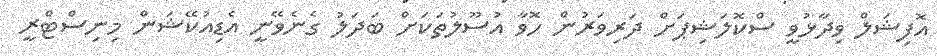
އޮފިޝަލް ވިދާޅުވީ ސްކޮލަޝިޕަށް ދަރިވަރުން ހޮވާ އުސޫލުތަކަށް ބަދަލު ގެނެވޭނީ އެޑިއުކޭޝަން މިނިސްޓްރީ